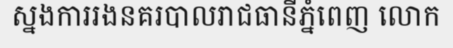
ស្នងការរងនគរបាលរាជធានីភ្នំពេញ លោក